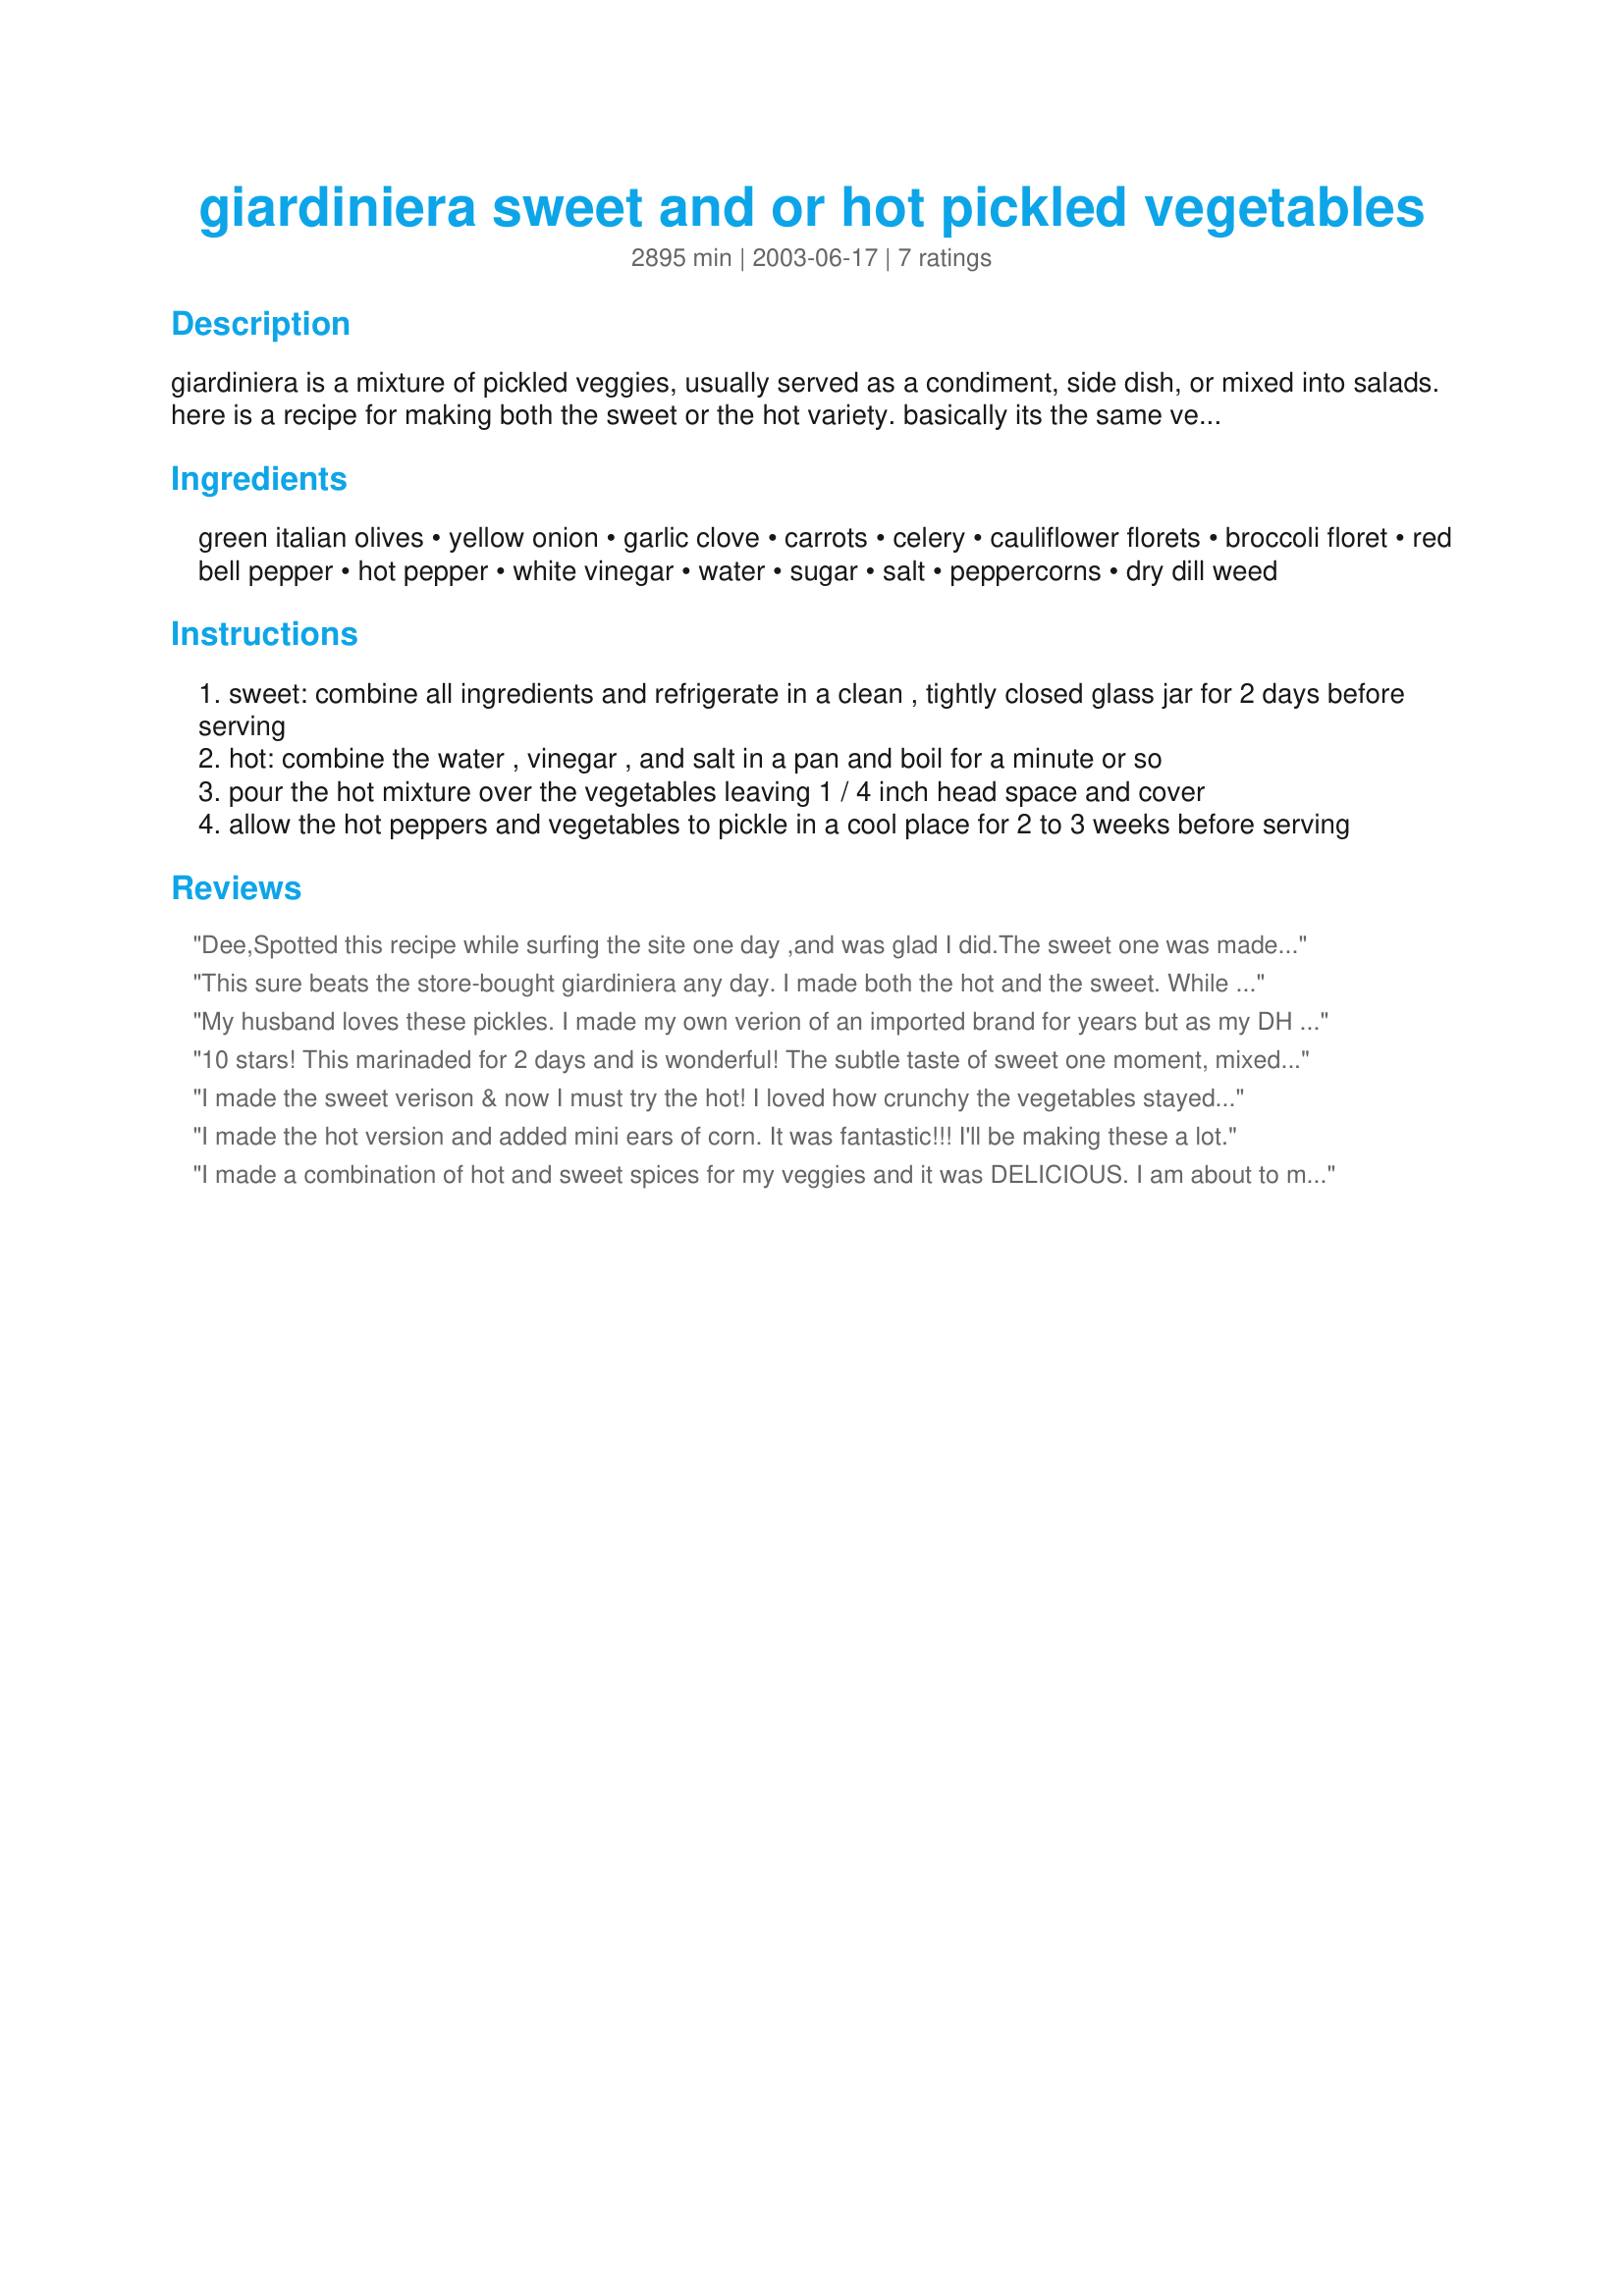
giardiniera sweet and or hot pickled vegetables
Preparation time: 2895 minutes

giardiniera is a mixture of pickled veggies, usually served as a condiment, side dish, or mixed into salads. here is a recipe for making both the sweet or the hot variety. basically its the same vegetable mix, the sweet version contains sugar in the marinating liquid, the hot version does not. the sweet version takes 2 days to marinate. the hot version takes 2 to 3 weeks. since i don't can, i can't give you instructions for that....sorry. the "cook time" is the marinating time for the sweet version.

Ingredients:
green italian olives, yellow onion, garlic clove, carrots, celery, cauliflower florets, broccoli floret, red bell pepper, hot pepper, white vinegar, water, sugar, salt, peppercorns, dry dill weed

Steps:
sweet: combine all ingredients and refrigerate in a clean , tightly closed glass jar for 2 days before serving
hot: combine the water , vinegar , and salt in a pan and boil for a minute or so
pour the hot mixture over the vegetables leaving 1 / 4 inch head space and cover
allow the hot peppers and vegetables to pickle in a cool place for 2 to 3 weeks before serving

Reviews:
Dee,Spotted this recipe while surfing the site one day ,and was glad I did.The sweet one was made for new Year's day to save me time in the kitchen. All the family enjoyed,and as others I will try the hot version soon.The only slight change I may make is regarding the green olives.I crushed these with a potato masher,and perhaps next time will course chop in processor ,or by hand.In my keeper fily.....Don
This sure beats the store-bought giardiniera any day. I made both the hot and the sweet. While I am a fan of hot and spicy food, I found that I preferred the sweet variety of this recipe. I thought it had a fresher and lighter taste than the hot. I doubled the recipes and put it in mason jars -- the very first night just the 3 of us finished an entire jar of the sweet giardiniera. That's how good it is!!! Plus, I can cut the veggies to the size I want -- the kind in the store has huge pieces of cauliflower -- too much to eat in one bite, so I cut them smaller in this recipe. As another reviewer mentioned, I also added a can of miniature corn that I found in the Asian section of our store. This is so delicious and easy to make, and is great for a snack, to serve on an antipasto platter or as part of a buffet.
My husband loves these pickles. I made my own verion of an imported brand for years but as my DH said "these blow yours out of the water" Thanks, I think.;)
10 stars! This marinaded for 2 days and is wonderful! The subtle taste of sweet one moment, mixed withe the very soft sourness of the vinegar the next is devine. I used white vinegar and trippled the liquid recipe to really let my veggies soak, and grated the carrots to make them more appealing to the less than carrot adoring crowd. My vegetables were cauliflower, celery, carrots, onions, red and green sweet peppers and the garlic... This was a HIT with guests and will be a popular addition to our summertime menu. Please see my rating system: 5 excellent stars for a brilliant way to liven up plain veggies and to have a crowd reaching eagerly for more. Thanks!
I made the sweet verison & now I must try the hot! I loved how crunchy the vegetables stayed in the marinade. I added zucchini sticks & omitted the broccoli. Thank you for sharing the recipe! =)
I made the hot version and added mini ears of corn. It was fantastic!!! I'll be making these a lot.
I made a combination of hot and sweet spices for my veggies and it was DELICIOUS. I am about to make a larger batch to share with friends who tasted the first one. Thanks for the recipe.
